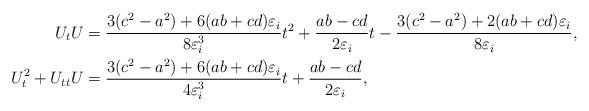
LaTeX: \begin{align*}U_tU&=\frac{3(c^2-a^2)+6(ab+cd)\varepsilon_i}{8\varepsilon_i^3}t^2+\frac{ab-cd}{2\varepsilon_i}t -\frac{3(c^2-a^2)+2(ab+cd)\varepsilon_i}{8\varepsilon_i}, \\U_t^2+U_{tt}U&=\frac{3(c^2-a^2)+6(ab+cd)\varepsilon_i}{4\varepsilon_i^3}t+\frac{ab-cd}{2\varepsilon_i},\end{align*}